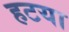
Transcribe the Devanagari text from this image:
हटया